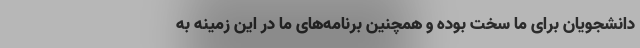
دانشجویان برای ما سخت بوده و همچنین برنامه‌های ما در این زمینه به